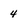
Character: 4